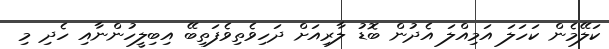
ކަލޭމެން ކަހަލަ އަމިއްލަ އެދުން ބޮޑު ލާރިއަށް ދަހިވެތިވެފަތިބޭ އިބިލީހުންނާއި ހެދި މި